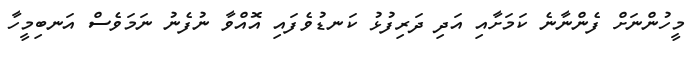
މީހުންނަށް ފެންނާނެ ކަމަށާއި އަދި ދަރިފުޅު ކަނޑުވެފައި އޮއްވާ ނުފެނު ނަމަވެސް އަނބިމީހާ